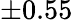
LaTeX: ±0.55